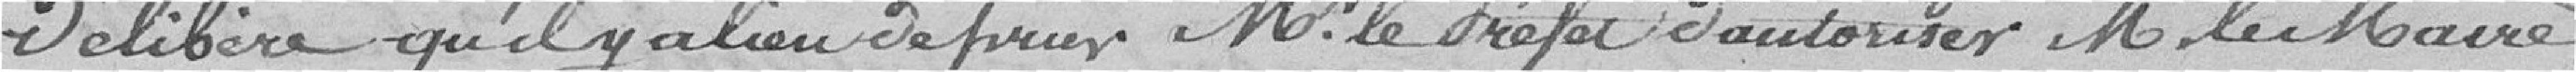
Délibère qu'il y a lieu de prier Monsieur le Préfet d'autoriser Monsieur le Maire